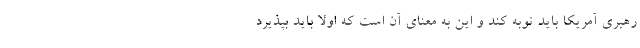
رهبری آمریکا باید توبه کند و این به معنای آن است که اولا باید بپذیرد